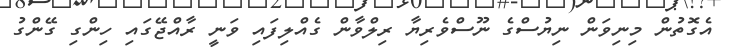
އެގޮތުން މިނިވަން ނިޔުސްގެ ނޫސްވެރިޔާ ރިލްވާން ގެއްލިފައި ވަނީ ރާއްޖޭގައި ހިންގި ގޭންގު